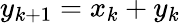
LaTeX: y_{k+1}=x_{k}+y_{k}